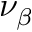
\nu _ { \beta }